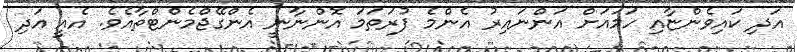
އަދި ކައިވެންޏާއި ހަމައަށް އަންނައިރު އެންމެ ފުރަތަމަ އޮންނާނީ އެންގޭޖްމެންޓްތާއެވެ. އެއީ އަދި